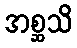
အစ္ဆသိ